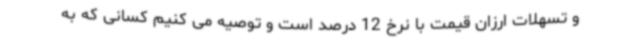
و تسهلات ارزان قیمت با نرخ 12 درصد است و توصیه می کنیم کسانی که به